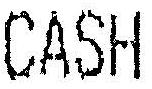
CASH